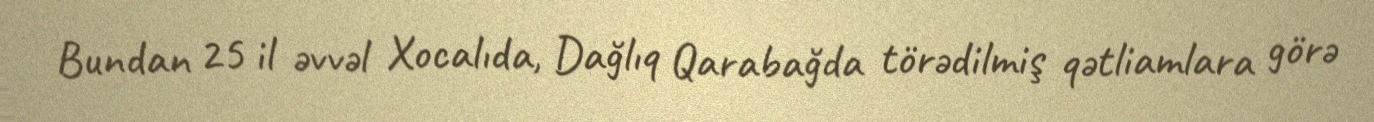
Bundan 25 il əvvəl Xocalıda, Dağlıq Qarabağda törədilmiş qətliamlara görə